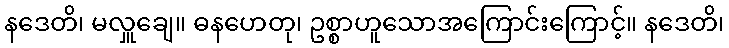
နဒေတိ၊ မလှူချေ။ ဓနဟေတု၊ ဥစ္စာဟူသောအကြောင်းကြောင့်။ နဒေတိ၊